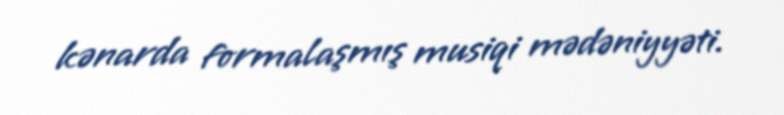
kənarda formalaşmış musiqi mədəniyyəti.